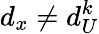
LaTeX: d_{x}\neq d_{U}^{k}